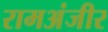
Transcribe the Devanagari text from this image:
रामअंजीर